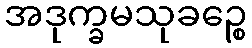
အဒုက္ခမသုခဉ္စေ